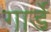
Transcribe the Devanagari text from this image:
गार्डे